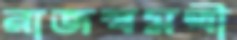
রাজস্বমন্ত্রী